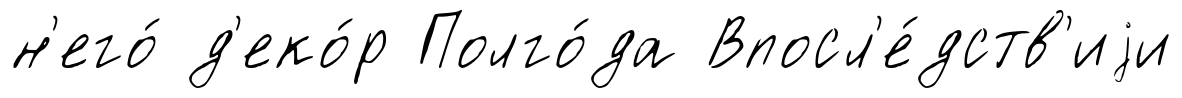
н'его́ д'еко́р Полго́да Впосл'е́дств'иjи